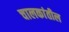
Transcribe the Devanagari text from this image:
चालकांतील